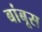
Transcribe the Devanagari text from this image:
बांबूस